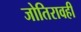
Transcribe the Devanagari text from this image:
जोतिरावही